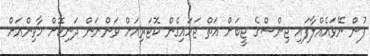
ފުން ނޭވައެއްލާފައި ޖިންސްގެ ޖީބަށް އަތް ޖަހައިގެން ކޮޓަރިއަށް ވަންނަން ދަނިކޮށް މާވިންއަށް